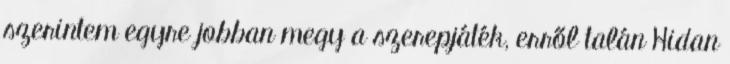
szerintem egyre jobban megy a szerepjáték, erről talán Hidan